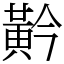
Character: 黅